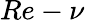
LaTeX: Re-\nu